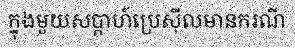
ក្នុងមួយសប្តាហ៍ប្រេស៊ីលមានករណី